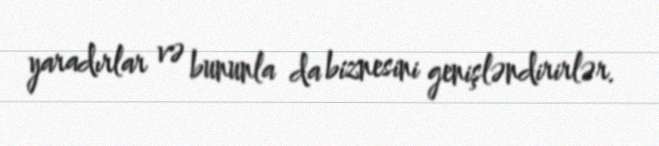
yaradırlar və bununla da biznesini genişləndirirlər.